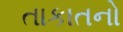
તાકાતનો